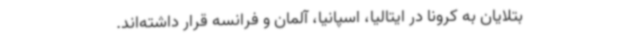
بتلایان به کرونا در ایتالیا، اسپانیا، آلمان و فرانسه قرار داشته‌اند.